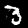
Digit: 3